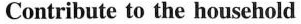
Contribute to the household